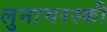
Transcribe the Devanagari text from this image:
लुनाचरस्की